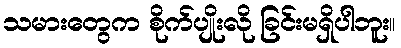
သမားတွေက စိုက်ပျိုးလို ခြင်းမရှိပါဘူး။